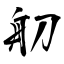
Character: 舠